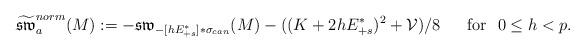
LaTeX: \begin{align*} \widetilde{\mathfrak{sw}}^{norm}_{a}(M):=-\mathfrak{sw}_{-[hE^*_{+s}]\ast\sigma_{can}}(M)- ((K+2hE^*_{+s})^2+\mathcal{V})/8 \ \ \ \ \ \mbox{for} \ \ 0\leq h< p.\end{align*}